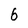
Character: 6